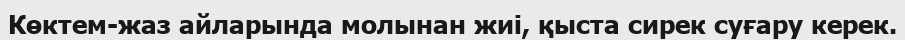
Көктем-жаз айларында молынан жиі, қыста сирек суғару керек.